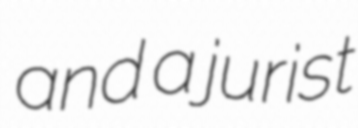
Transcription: and a jurist